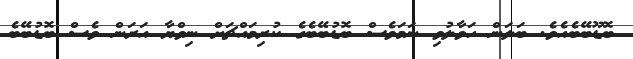
ބޮޑޫބޭބެއެވެ. ބަލަން ހަވާލުވި ނަމަވެސް ބޮޑުބޭބެގެ ކުރިމައްޗަށް ނިވްޔާ އަަރަން ވެސް ބޮޑުބޭބެ